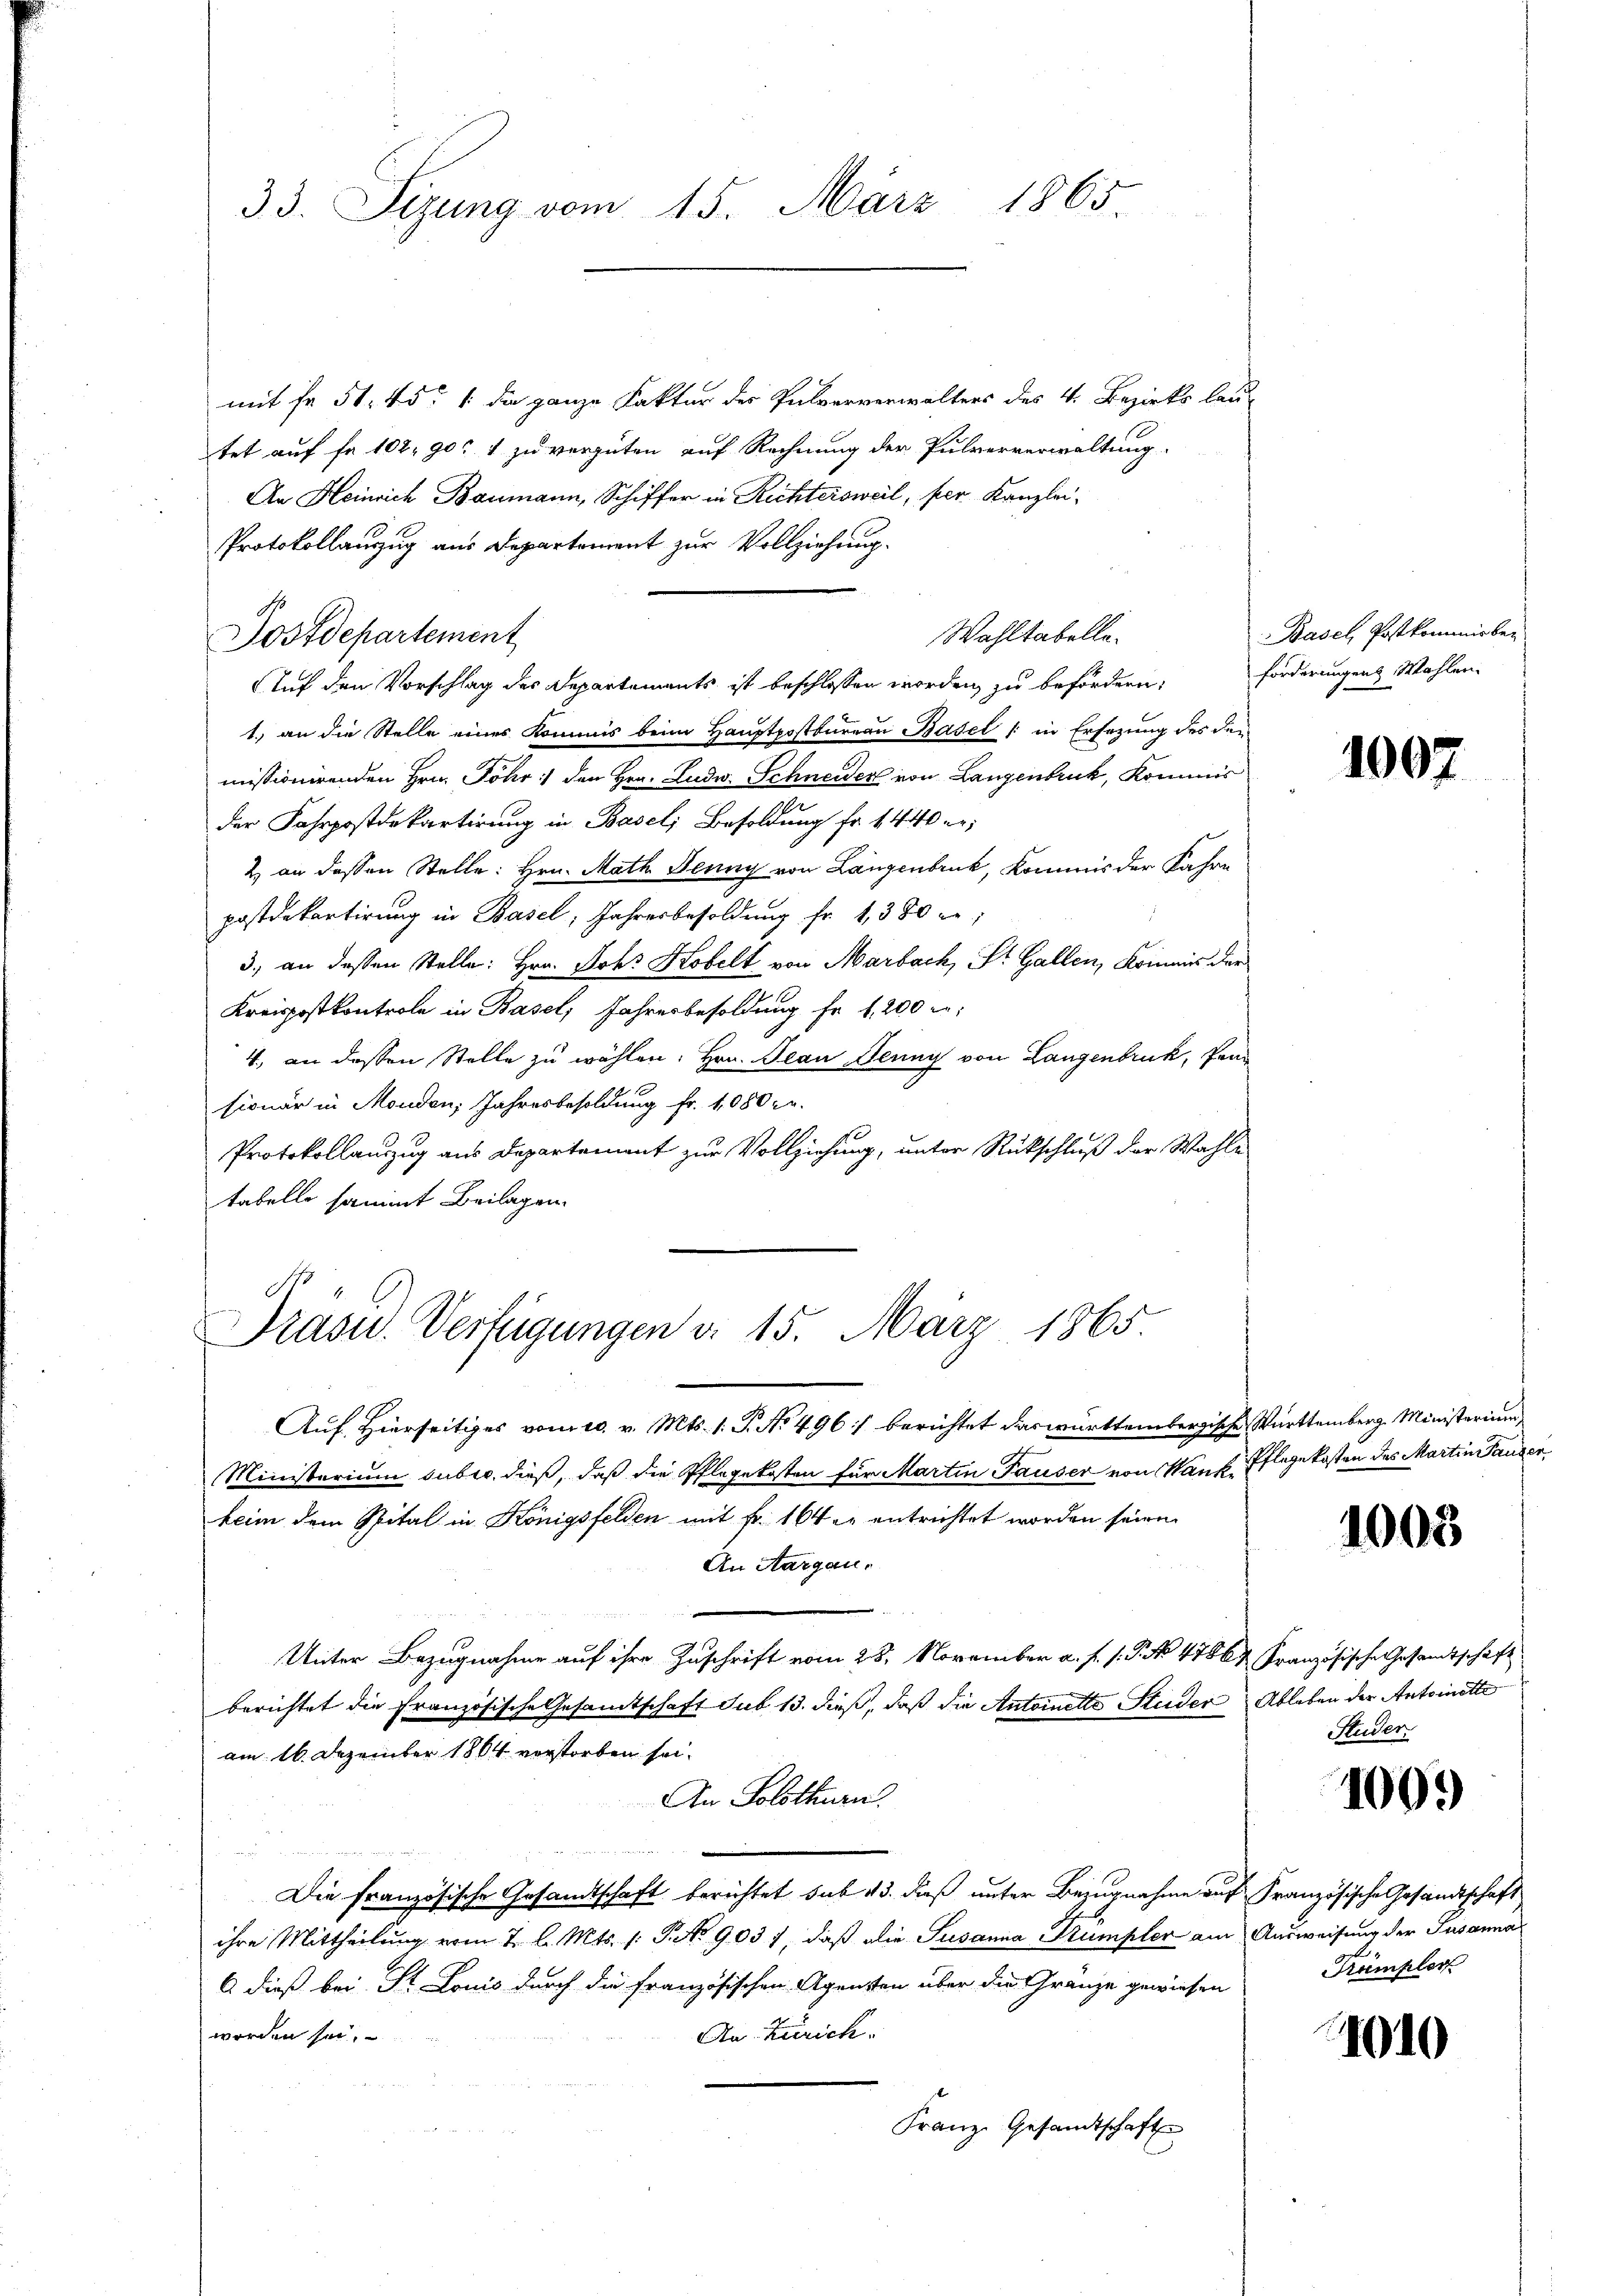
33. Sizung vom 15. März 1865.

Postdepartement

mit fr. 51. 451 die ganze Faktur des Pulververwalters des 4. Bezirks lau-
tet auf fr. 102. 90. 1 zu vergüten auf Rechnung der Pulververwaltung.
An Heinrich Baumann, Schiffer in Richtersweil, per Kanzlei-
Protokollauszug aus Departement zur Vollziehung.
Auf den Vorschlag des Departements ist beschlossen worden, zu befördern,
1.) an die Stelle eines Kommis beim Hauptpostbureau Basel (: in Ersezung des der
missionirenden Hrn. Föhr :/ den Hrn. Ludw. Schneider von Langenbruck, Kommis
der Fahrpostdepartirung in Basel, Besoldung fr. 1440 er;
2) an dessen Stelle: Hrn. Math. Jenny von Langenbruck, Kommis der Jahre
postdepartirung in Basel, Jahresbesoldung fr. 1380 er
3., an dessen Stelle: Hrn. Johs Kobelt von Marbach, St. Gallen, Krinaus der
Kreispostkontrole in Basel, Jahresbesoldung fr. f., 200 f:
4, an dessen Stelle zu wählen. Hrn. Jean Jenny von Langenbruck, Pand
sionär in Monden, Jahresbesoldung fr. 1080 Fr.
Protokollauszug aus Departement zur Vollziehung, unter Rückschluß der Wahle
tabelle sammt Beilagen.

Wahltabelle.

Präsu. Verfügungen d. 15. März 1865.

Auf Hierseitiges vom 10. v. Mts. 1. P. No 496 :/ berichtet das württembergische Württemberg. Ministerium
Ministerium subro dieß, daß die Pflegekosten für Martin Tauser von Wank- Pflegekosten des Martin Pauser
beim dem Spital in Königsfelden mit fr. 104 er entrichtet worden seien.
An Aargau.
Unter Bezugnahme auf ihre Zuschrift vom 28. November a. f. s. P. No 4766 Französische Gesamtschaft
berichtet die Französische Gesamtschaft sub 13. dieß, daß die Antoinette Studer Ableben der Antoinette
am 16. Dezember 1864 verstorben sei.
An Solothurn
Die französische Gesandtschaft berichtet sub 13. dieß unter Bezugnahme auf Französische Gesandtschaft
ihre Mittheilung vom 7 l. Mts. 1. P. No 9037, daß die Susanna Pumpler am Ausweisung der Susanna
6 dieß bei St. Louis durch die Französischen Agenten über die Gränze gewiesen
An. Zürich.
worden sei,
Franz Gesandtschaft

Basel, Postkommisber
forderungen Wahlen.

2

1007

1005

Studer

1003

Trümpler

1010